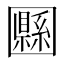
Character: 𡈴